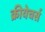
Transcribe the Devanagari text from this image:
क्रीयेचर्स